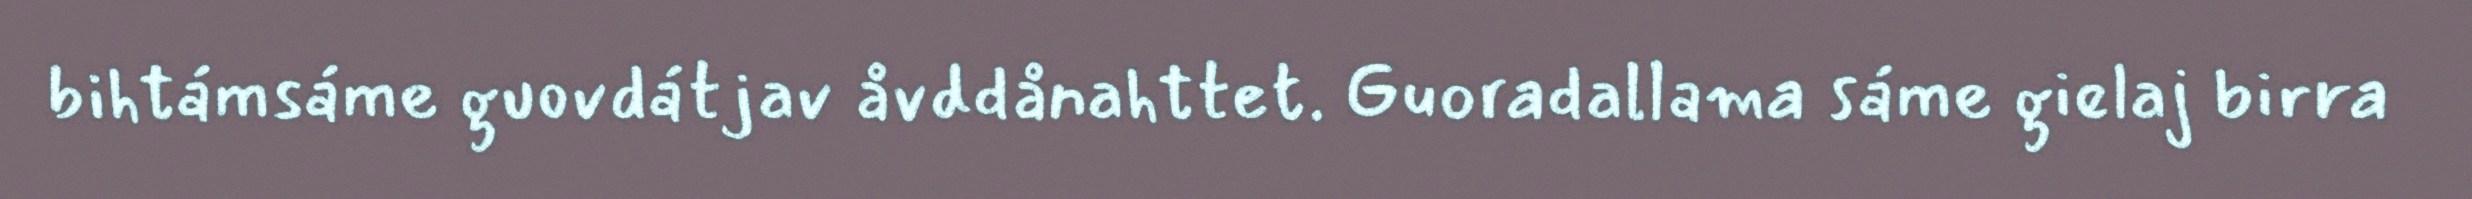
bihtámsáme guovdátjav åvddånahttet. Guoradallama sáme gielaj birra